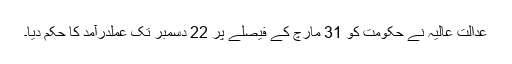
عدالت عالیہ نے حکومت کو 31 مارچ کے فیصلے پر 22 دسمبر تک عملدرآمد کا حکم دیا۔